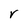
Character: V